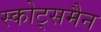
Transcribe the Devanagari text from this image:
स्कोट्समैन